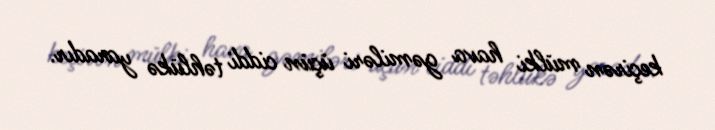
keçirən mülki hava gəmiləri üçün ciddi təhlükə yaradır.